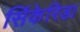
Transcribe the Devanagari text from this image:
सिंकेरिडा